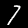
Label: 7